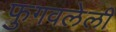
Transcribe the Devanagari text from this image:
फुगवलेली